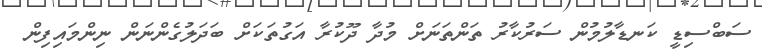
ސަބްސިޑީ ކަނޑާލުމުން ސަރުކާރު ތަންތަނަށް މުދާ ދޫކުރާ އަގުތަކަށް ބަދަލުގެންނަން ނިންމައިފިން